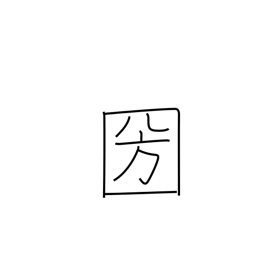
Meaning: country